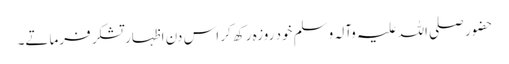
حضور صلی اللہ علیہ وآلہ وسلم خود روزہ رکھ کر اس دن اظہارِ تشکر فرماتے۔